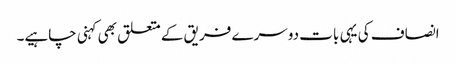
انصاف کی یہی بات دوسرے فریق کے متعلق بھی کہنی چاہیے۔